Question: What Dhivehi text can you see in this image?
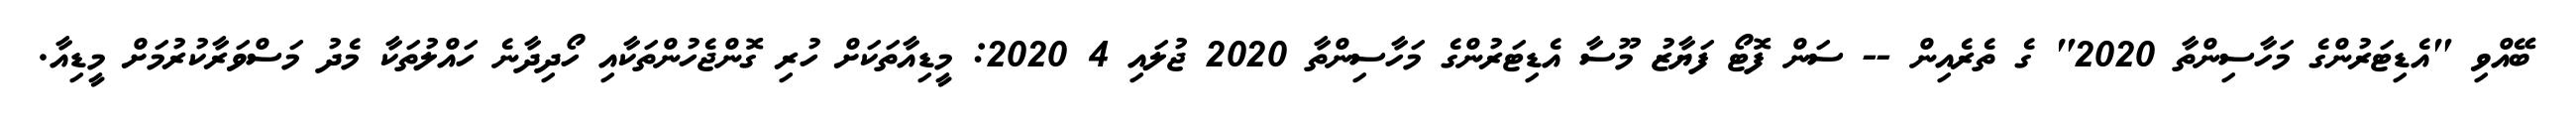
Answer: ބޭއްވި "އެޑިޓަރުންގެ މަހާސިންތާ 2020" ގެ ތެރެއިން -- ސަން ފޮޓޯ ފަޔާޒު މޫސާ އެޑިޓަރުންގެ މަހާސިންތާ 2020 ޖުލައި 4 2020: މީޑިއާތަކަށް ހުރި ގޮންޖެހުންތަކާއި ހޯދިދާނެ ހައްލުތަކާ މެދު މަސްވަރާކުރުމަށް މީޑިއާ.